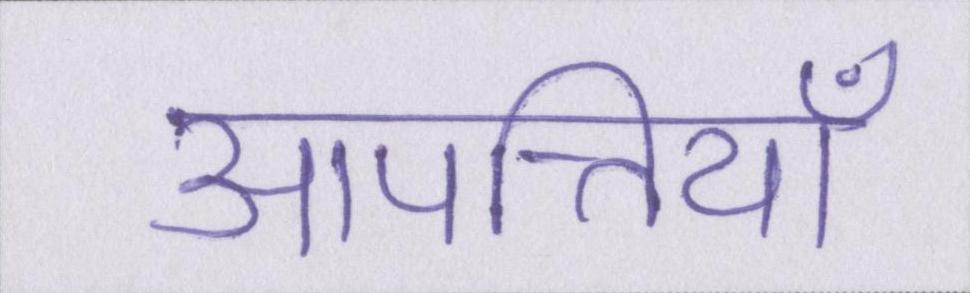
आपत्तियाँ